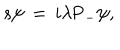
LaTeX: s \psi \, = \, i \lambda \mathrm { P } _ { - } \psi ,